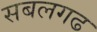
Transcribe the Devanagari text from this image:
सबलगढ